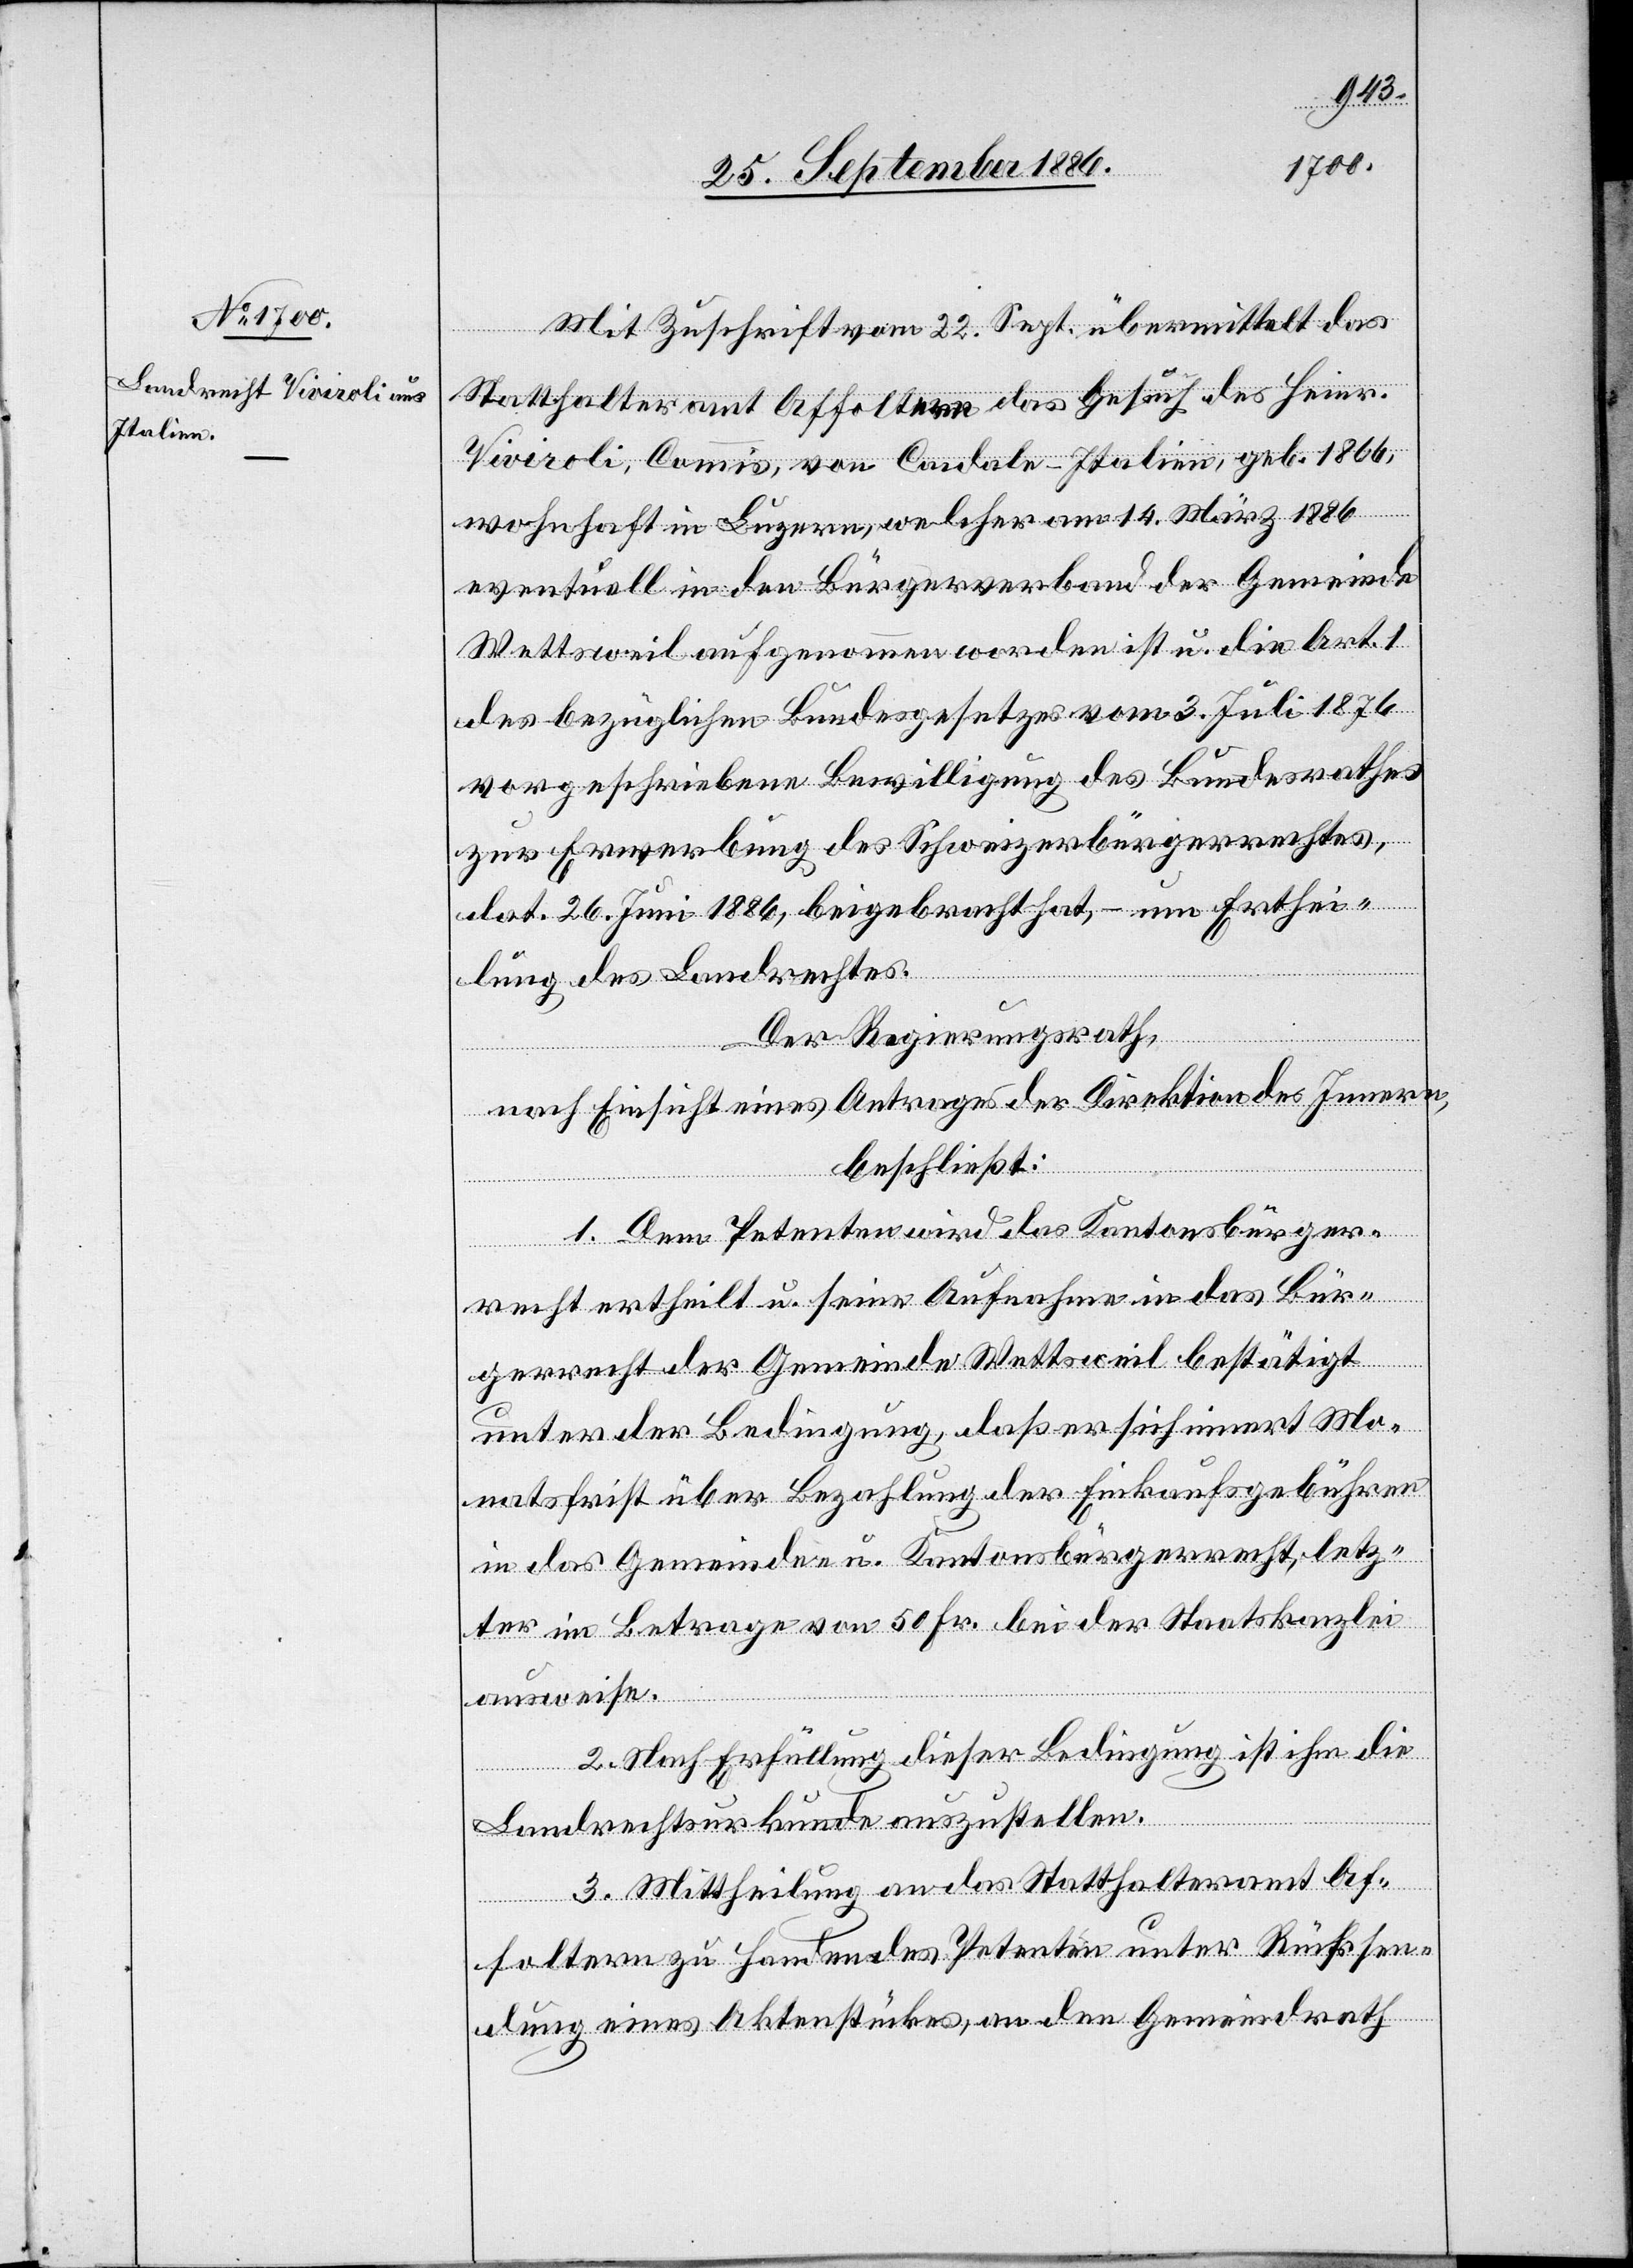
Mit Zuschrift vom 22. Sept. übermittelt das
Statthalteramt Affoltern das Gesuch des Heinr.
Viviroli, Commis, von Cacdale [sic!] - Italien, geb. 1866,
wohnhaft in Luzern, welcher am 14. März 1886
eventuell in den Bürgerverband der Gemeinde
Wettsweil aufgenommen worden ist u. die [in] Art. 1
des bezüglichen Bundesgesetzes vom 3. Juli 1876
vorgeschriebene Bewilligung des Bundesrathes
zur Erwerbung des Schweizerbürgerrechtes,
dat. 26. Juni 1886, beigebracht hat, – um Erthei¬
lung des Landrechtes.
Der Regierungsrath,
nach Einsicht eines Antrages der Direktion des Innern,
beschließt:
1. Dem Petenten wird das Kantonsbürger¬
recht ertheilt u. seine Aufnahme in das Bür¬
gerrecht der Gemeinde Wettsweil bestätigt
unter der Bedingung, daß er sich innert Mo¬
natsfrist über Bezahlung der Einkaufsgebühren
in das Gemeinde- u. Kantonsbürgerrecht, letz¬
ter[er] im Betrage von 50 Fr. bei der Staatskanzlei
ausweise.
2. Nach Erfüllung dieser Bedingung ist ihm die
Landrechtsurkunde auszustellen.
3. Mittheilung an das Statthalteramt Af¬
foltern zu Handen des Petenten unter Rücksen¬
dung eines Aktenstückes, an den Gemeindrath